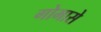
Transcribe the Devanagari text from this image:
गोमासे